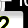
Digit: 2